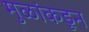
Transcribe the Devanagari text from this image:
मुळांकडून